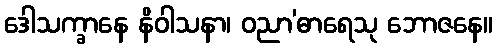
ဒေါသက္ခာနေ နိဝါသနာ၊ ဝညာ’ဓာရေသု ဘောဇနေ။